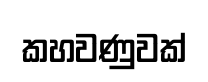
කහවණුවක්